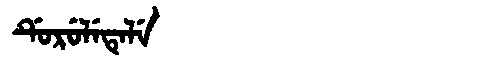
Manchu: ᡩᡠᡵᡠᠯᡝᡨᡝᠯᡝ
Romanization: DURULETELE